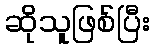
ဆိုသူဖြစ်ပြီး